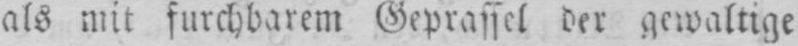
als mit furchbarem Geprassel der gewaltige